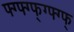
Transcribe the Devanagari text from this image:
फ्ग्फ्ग्फ्ग्फ्ग्फ्